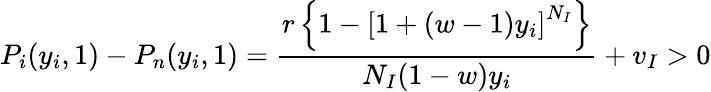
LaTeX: P_{i}(y_{i},1)-P_{n}(y_{i},1)=\frac{r\left\{ 1-\left[1+(w-1)y_{i}\right]^{N_{I}}\right\} }{N_{I}(1-w)y_{i}}+v_{I}>0